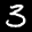
Label: 3